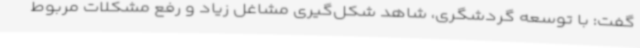
گفت: با توسعه گردشگری، شاهد شکل‌گیری مشاغل زیاد و رفع مشکلات مربوط